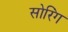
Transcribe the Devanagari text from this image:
सोरिंग